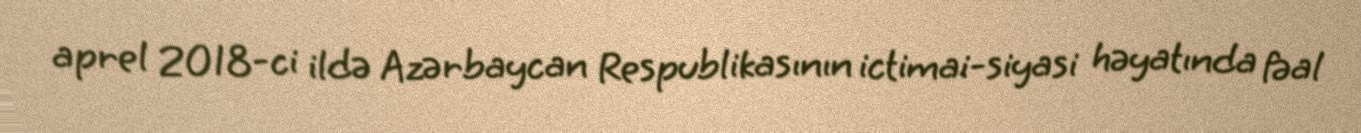
aprel 2018-ci ildə Azərbaycan Respublikasının ictimai-siyasi həyatında fəal